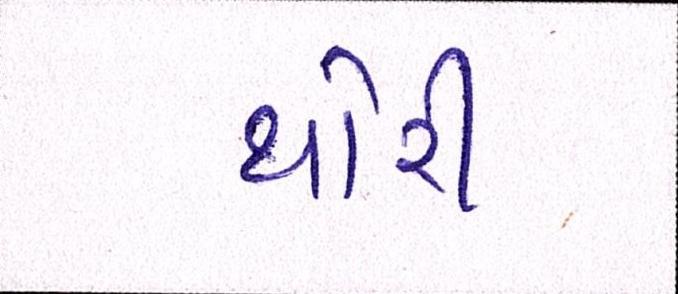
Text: થોરી